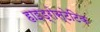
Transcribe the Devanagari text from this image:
हाइड्रोस्टेटिक